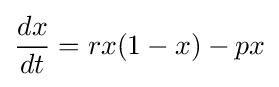
{\frac {dx}{dt}}=rx(1-x)-px